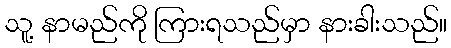
သူ့ နာမည်ကို ကြားရသည်မှာ နားခါးသည်။